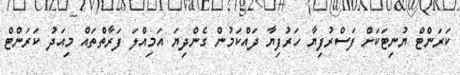
ކަރަންޓް ޔުނިޓަކަށް ފަސްރުފިޔާ ހަރުފިޔާ ދައްކަމުން ގެންދިޔަ އަމިއްލަ ފަރާތްތައް މިއަދު ކަރަންޓް